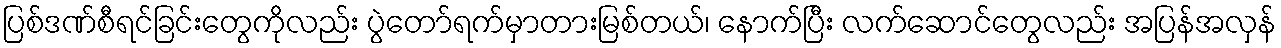
ပြစ်ဒဏ်စီရင်ခြင်းတွေကိုလည်း ပွဲတော်ရက်မှာတားမြစ်တယ်၊ နောက်ပြီး လက်ဆောင်တွေလည်း အပြန်အလှန်